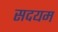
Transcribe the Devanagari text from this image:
सदयम